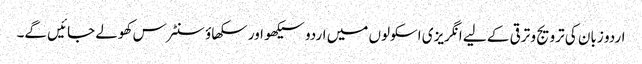
اردو زبان کی ترویج و ترقی کے لیے انگریزی اسکولوں میں اردو سیکھو اور سکھاؤ سنٹرس کھولے جائیں گے۔